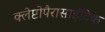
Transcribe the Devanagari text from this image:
क्लेप्टोपैरासाईटिक